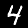
Digit: 4